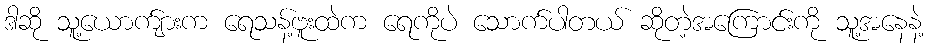
ဒါဆို သူ့ယောက်ျားက ရေသန့်ဗူးထဲက ရေကိုပဲ သောက်ပါတယ် ဆိုတဲ့အကြောင်းကို သူ့အနေနဲ့